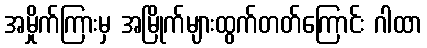
အမှိုက်ကြားမှ အမြိုက်များထွက်တတ်ကြောင်း ဂါထာ